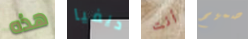
هذه ديفيا أنت صميم